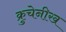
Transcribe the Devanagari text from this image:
क्रुचेनीख